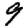
Digit: 9